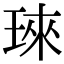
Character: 琜